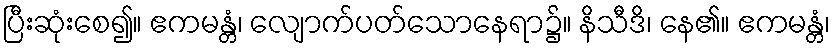
ပြီးဆုံးစေ၍။ ဧကမန္တံ၊ လျောက်ပတ်သောနေရာ၌။ နိသီဒိ၊ နေ၏။ ဧကမန္တံ၊